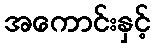
အကောင်းနှင့်